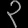
Digit: ၃